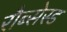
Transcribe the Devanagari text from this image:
रौब्सेस्ड